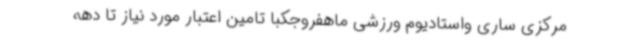
مرکزی ساری واستادیوم ورزشی ماهفروجکبا تامین اعتبار مورد نیاز تا دهه